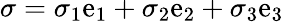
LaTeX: \sigma=\sigma_{1}\mathrm{e}_{1}+\sigma_{2}\mathrm{e}_{2}+\sigma_{3}\mathrm{e}_{3}